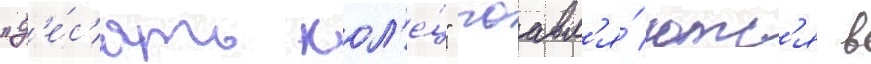
"д'е́с'ять кол'е́ц" поавл'я́ютс'я в